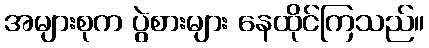
အများစုက ပွဲစားများ နေထိုင်ကြသည်။